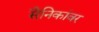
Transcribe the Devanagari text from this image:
सैनिकांवर